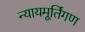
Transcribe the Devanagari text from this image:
न्यायमूर्तिगण